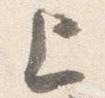
上